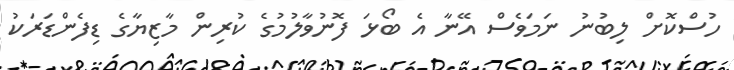
ހުސްކޮށް ލިބުނު ނަމަވެސް އޭނާ އެ ބޯޅަ ފޮނުވާލުމުގެ ކުރިން މާޒިޔާގެ ޑިފެންޑަރަކު